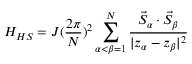
H _ { H S } = J ( \frac { 2 \pi } { N } ) ^ { 2 } \sum _ { \alpha < \beta = 1 } ^ { N } \frac { \vec { S } _ { \alpha } \cdot \vec { S } _ { \beta } } { | z _ { \alpha } - z _ { \beta } | ^ { 2 } }